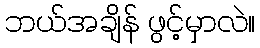
ဘယ်အချိန် ဖွင့်မှာလဲ။